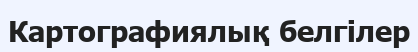
Картографиялық белгілер